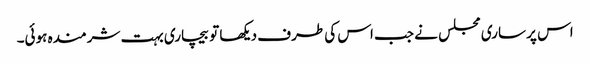
اس پر ساری مجلس نے جب اس کی طرف دیکھا تو بیچاری بہت شرمندہ ہوئی۔